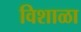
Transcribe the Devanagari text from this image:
विशाळा